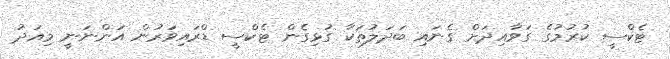
ޓެކްސީ ކުރުމުގެ ގަވާއިދަށް ގެނައި ބަދަލުތަކާ ގުޅިގެން ޓެކްސީ ޑްރައިވަރުން އަންނަނީ މިއަދު